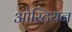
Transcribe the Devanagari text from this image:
ओस्टियन